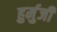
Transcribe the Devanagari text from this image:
हुर्मुजी